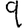
Digit: 9